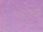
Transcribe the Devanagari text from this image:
प्लावा